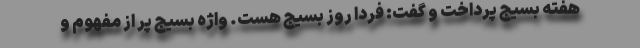
هفته بسیج پرداخت و گفت: فردا روز بسیج هست. واژه بسیج پر از مفهوم و